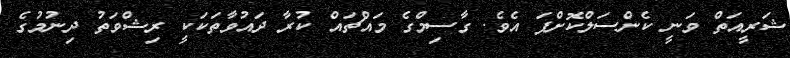
ޝަރީއަތް ވަނީ ކެންސަލްކޮށްފަ އެވެ. ގާސިމްގެ މައްޗައް ކުރާ ދައުވާތަކަކީ ރިޝްވަތު ދިނުމުގެ